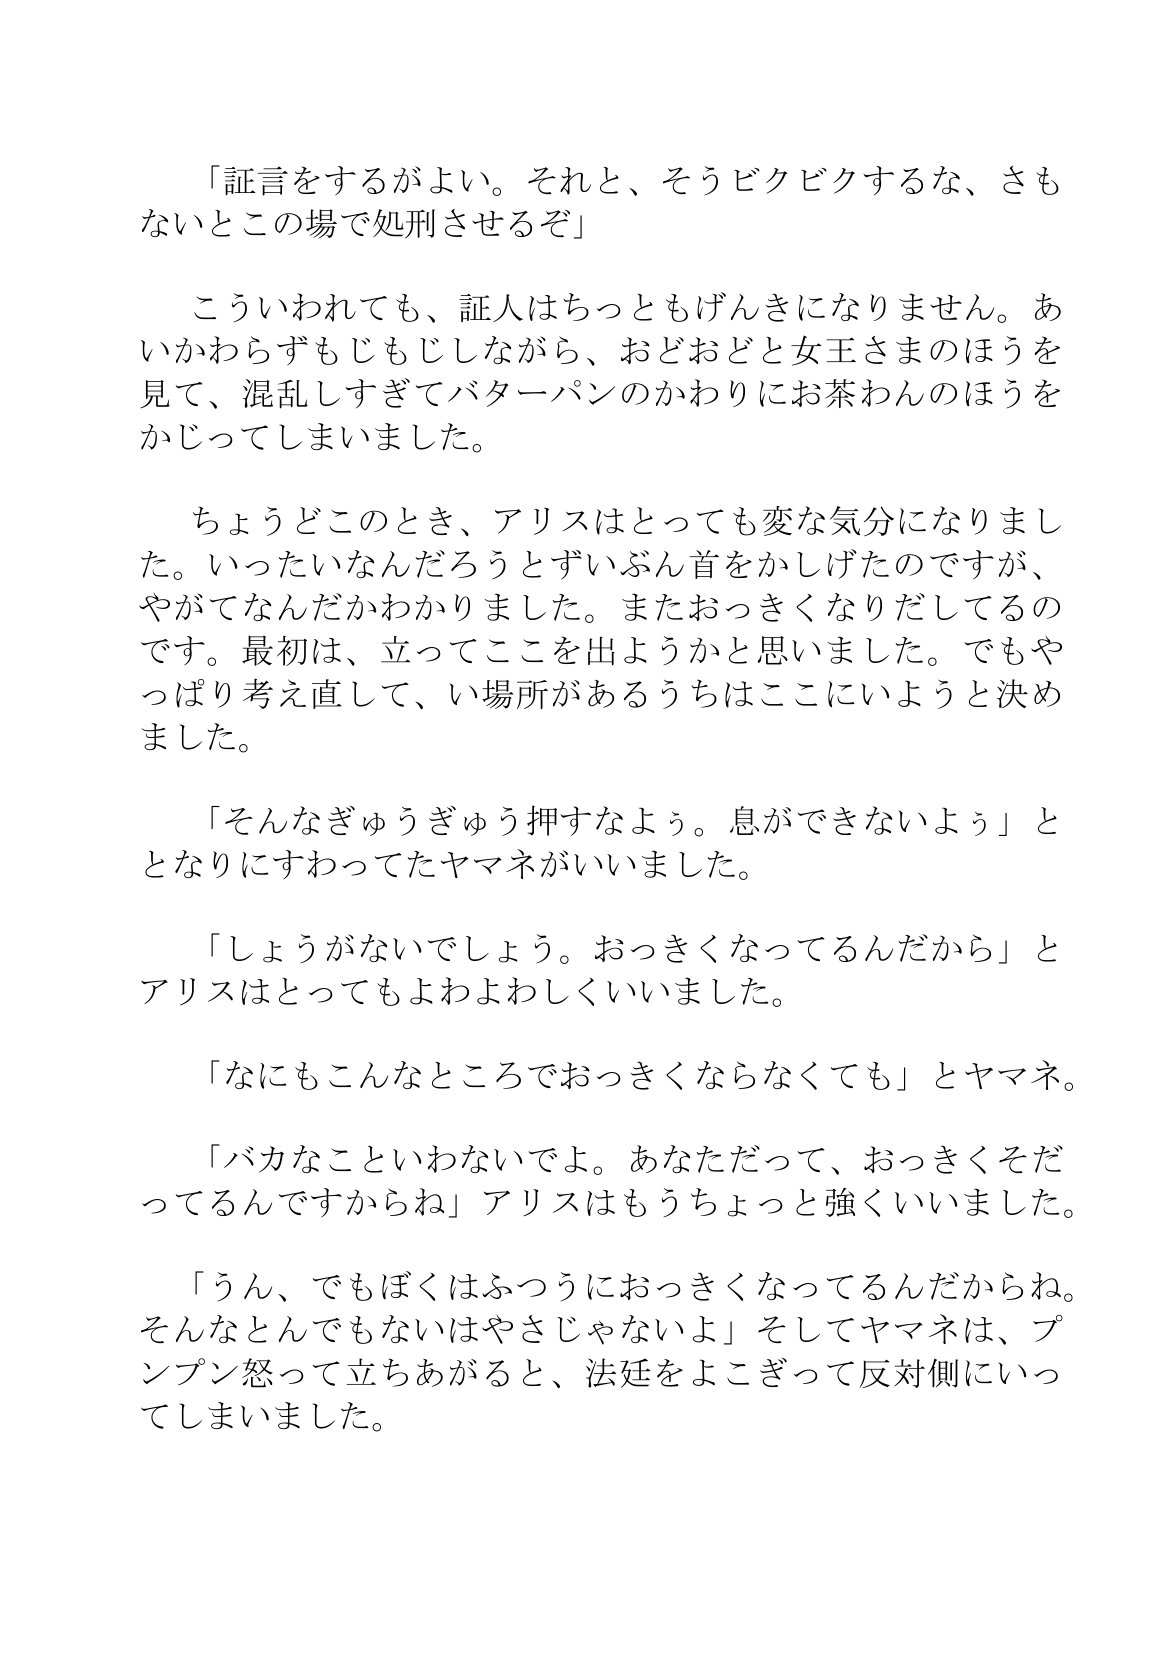
Language: ja